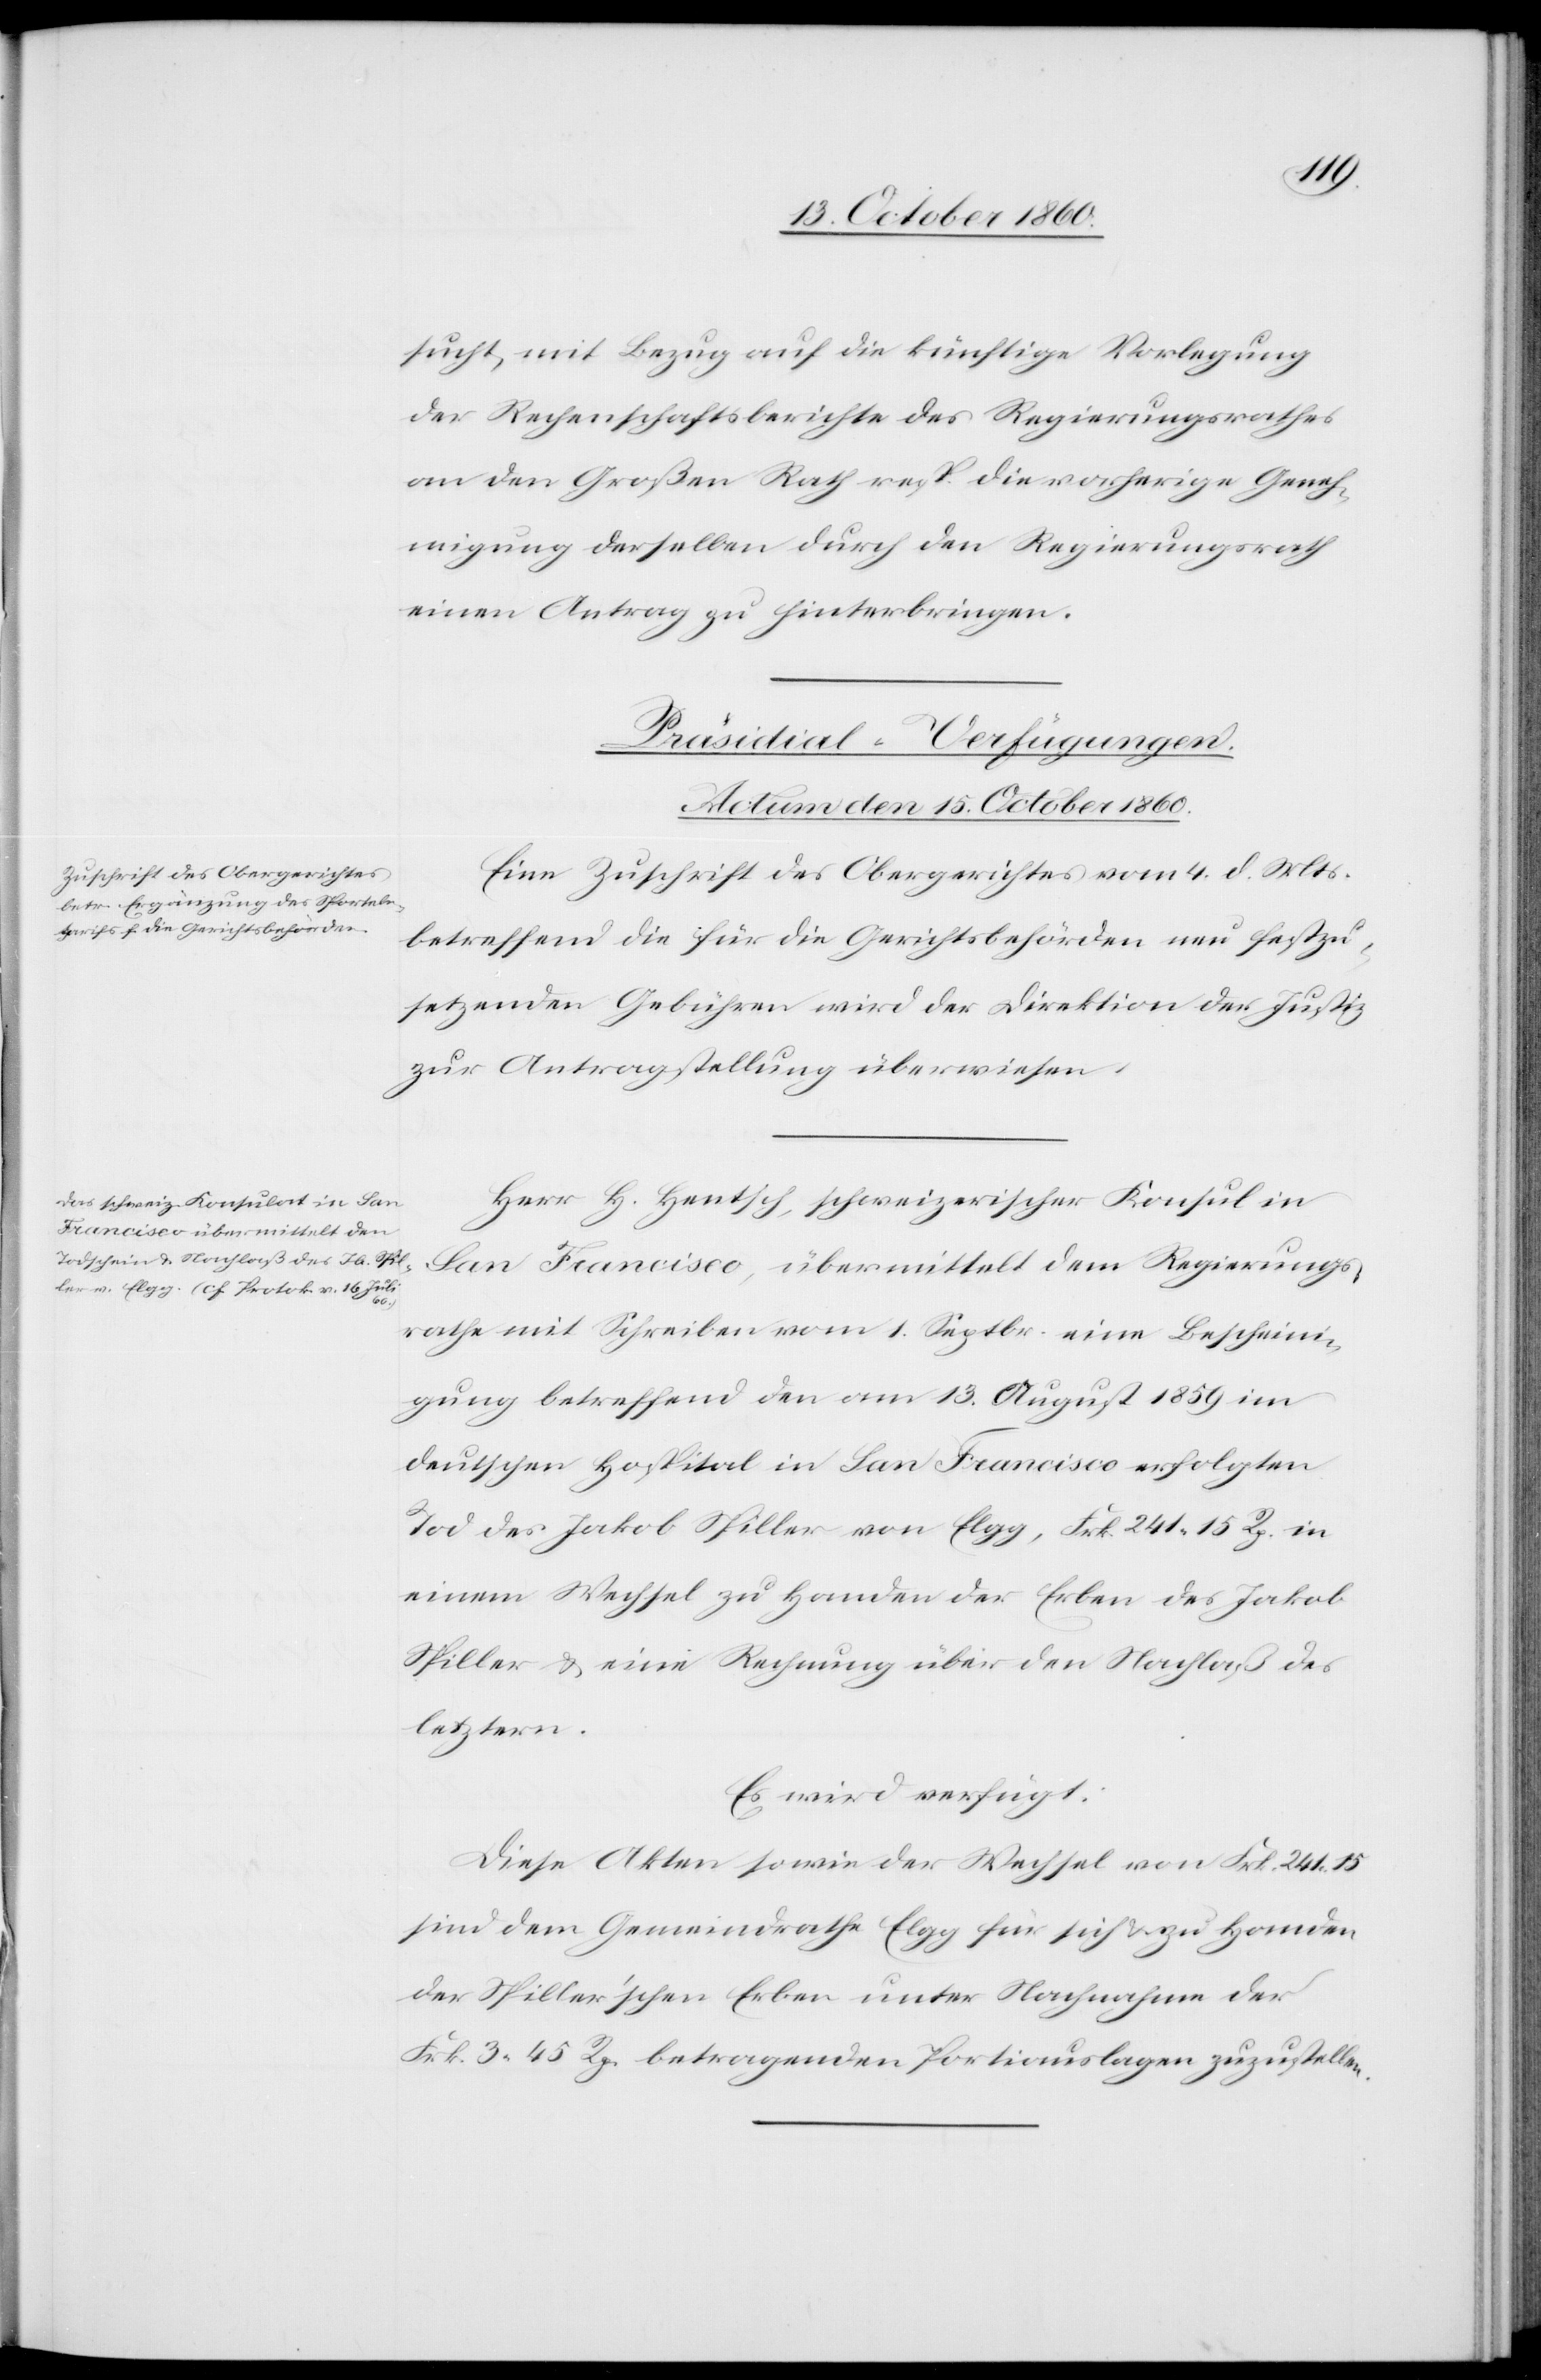
sucht, mit Bezug auf die künftige Vorlegung
der Rechenschaftsberichte des Regierungsrathes
an den Großen Rath resp. die vorherige Geneh¬
migung derselben durch den Regierungsrath
einen Antrag zu hinterbringen.
[Präsidial-Verfügungen.
Actum den 15. October 1860.]
Eine Zuschrift des Obergerichtes vom 4. d. Mts.
betreffend die für die Gerichtsbehörden neu festzu¬
setzenden Gebühren wird der Direktion der Justiz
zur Antragstellung überwiesen.
Herr H. Hentsch, schweizerischer Konsul in
San Francisco, übermittelt dem Regierungs¬
rathe mit Schreiben vom 1. Septbr. eine Bescheini¬
gung betreffend den am 13. August 1859 im
deutschen Hospital in San Francisco erfolgten
Tod des Jakob Spiller von Elgg, Frk. 241 15 Rp. in
einem Wechsel zu Handen der Erben des Jakob
Spiller u. eine Rechnung über den Nachlaß des
letztern.
Es wird verfügt:
Diese Akten sowie der Wechsel von Frk. 241 15
sind dem Gemeindrathe Elgg für sich zu Handen
der Spiller’schen Erben unter Nachnahme der
Frk. 3 45 Rp. betragenden Portiauslagen zuzustellen.